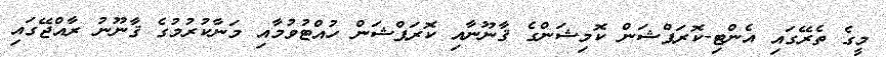
މީގެ ތެރޭގައި އެންޓި-ކޮރަޕްޝަން ކޮމިޝަންގެ ޤާނޫނާއި ކޮރަޕްޝަން ހުއްޓުވުމާއި މަނާކުރުމުގެ ޤާނޫނު ރާއްޖޭގައި